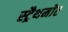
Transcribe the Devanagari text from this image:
स्ट्रैथमोर